画像に写った文字を読んでください
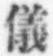
「儀」と書いてあります